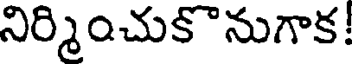
నిర్మించుకొనుగాక!